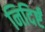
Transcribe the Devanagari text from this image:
निदिर्ष्टं